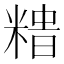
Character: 𥻍